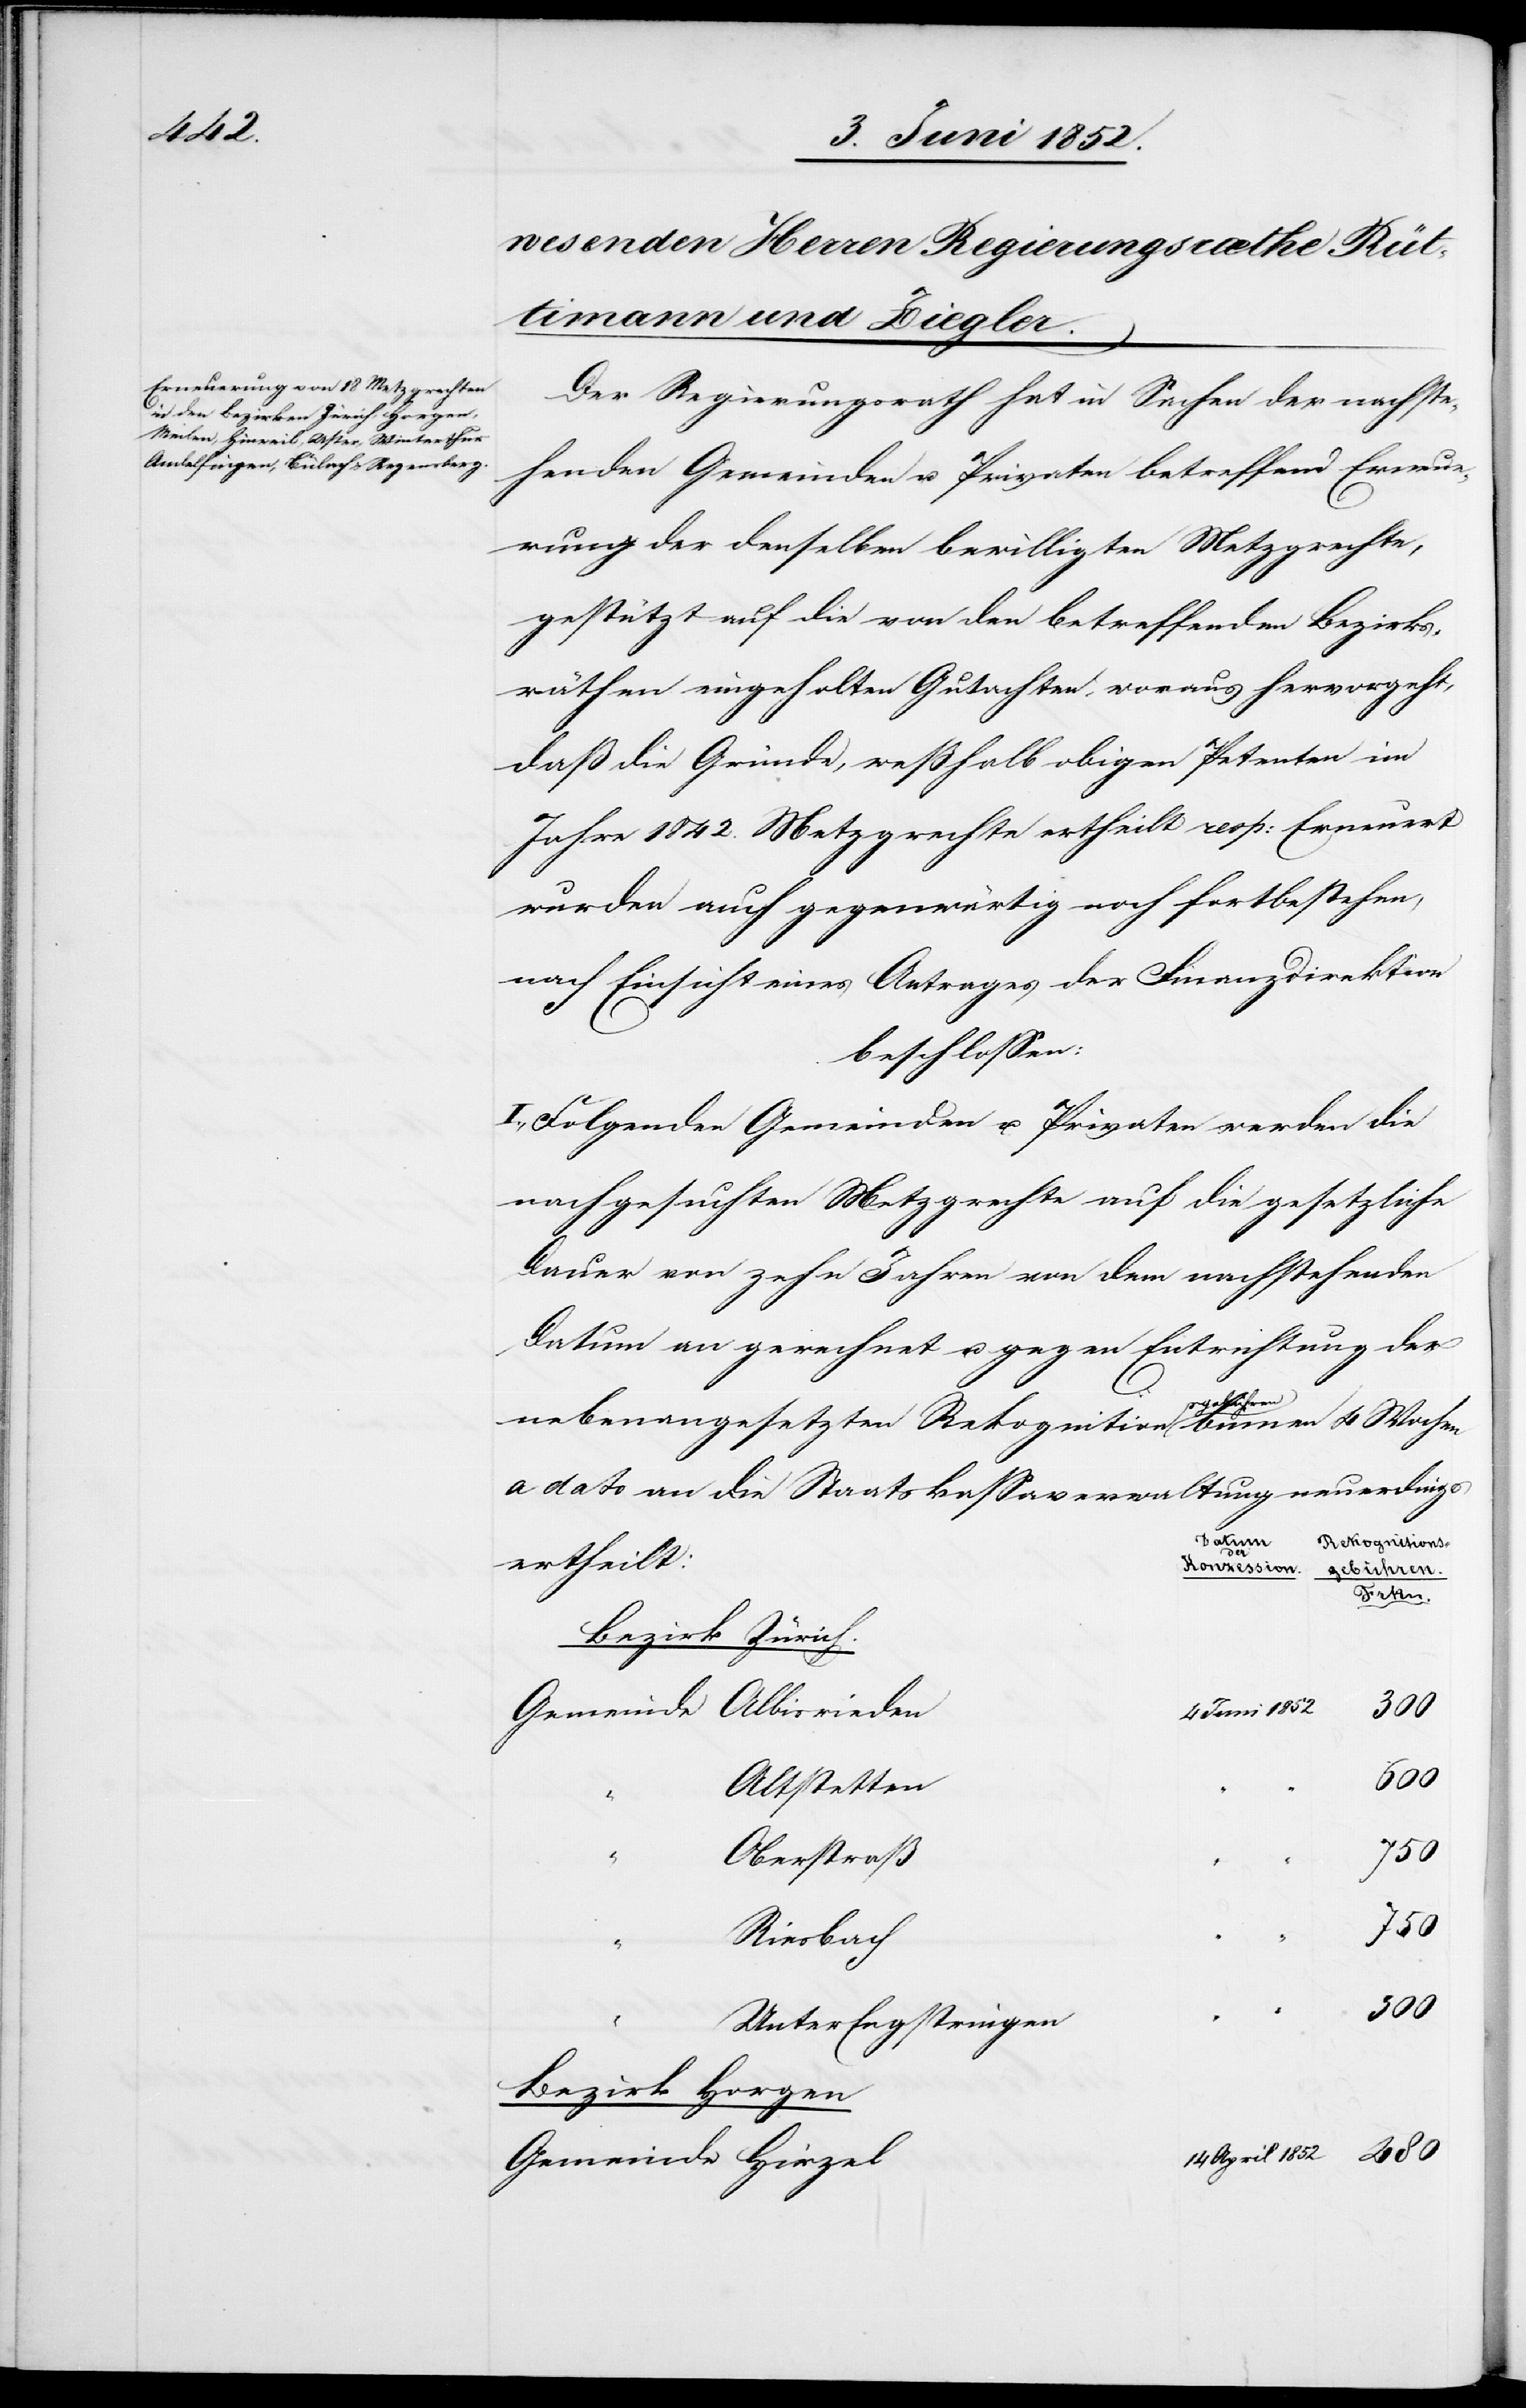
Der Regierungsrath hat in Sachen der nachste¬
henden Gemeinden u. Privaten betreffend Erneue¬
rung der denselben bewilligten Metzgrechte,
gestützt auf die von den betreffenden Bezirks¬
räthen eingeholten Gutachten, woraus hervorgeht,
daß die Gründe, weßhalb obigen Petenten im
Jahre 1842. Metzgrechte ertheilt resp: Erneuert
wurden auch gegenwärtig noch fortbestehen,
nach Einsicht eines Antrages der Finanzdirektion
beschlossen:
I., Folgenden Gemeinden u. Privaten werden die
nachgesuchten Metzgrechte auf die gesetzliche
Dauer von zehn Jahren von dem nachstehenden
Datum an gerechnet u. gegen Entrichtung der
Hirzel
nebenangesetzten Rekognitionsgebühren binnen 4 Wochen
a dato an die Staatskassaverwaltung neuerdings
Rekognition¬
ertheilt:
Konzession.
Bezirk Zürich.
Juni 1852
480
Altstetten
Oberstraß
750
Riesbach
Unter[-]Engstringen
Bezirk Horgen
14 April 1852